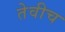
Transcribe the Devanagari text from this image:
तेवीच